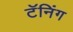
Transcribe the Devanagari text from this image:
टॅनिंग